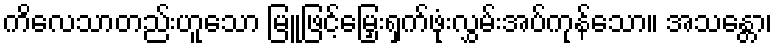
ကိလေသာတည်းဟူသော မြူဖြင့်မြှေးရှက်ဖုံးလွှမ်းအပ်ကုန်သော။ အသန္တော၊